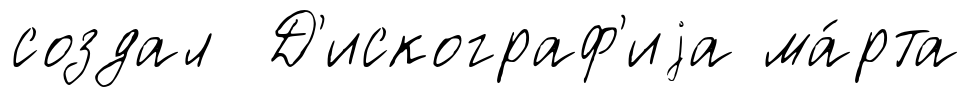
создал Д'искограф'иjа ма́рта